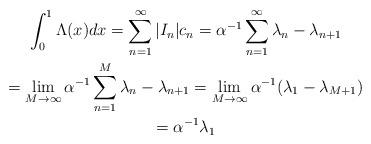
LaTeX: \begin{gather*} \int_{0}^1 \Lambda(x) dx = \sum_{n=1}^\infty |I_n|c_n = \alpha^{-1} \sum_{n=1}^\infty \lambda_n - \lambda_{n+1} \\ =\lim_{M \to \infty} \alpha^{-1} \sum_{n=1}^M \lambda_n - \lambda_{n+1} = \lim_{M \to \infty} \alpha^{-1} (\lambda_1 - \lambda_{M+1}) \\ = \alpha^{-1} \lambda_1 \end{gather*}